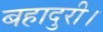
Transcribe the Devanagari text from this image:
बहादुरी।